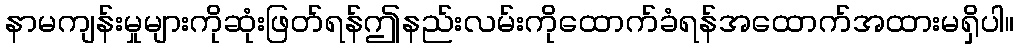
နာမကျန်းမှုများကိုဆုံးဖြတ်ရန်ဤနည်းလမ်းကိုထောက်ခံရန်အထောက်အထားမရှိပါ။